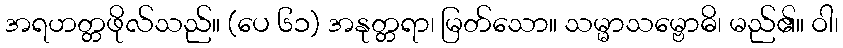
အရဟတ္တဖိုလ်သည်။ (ပေ ၆၁) အနုတ္တရာ၊ မြတ်သော။ သမ္မာသမ္ဗောဓိ၊ မည်၏။ ဝါ၊